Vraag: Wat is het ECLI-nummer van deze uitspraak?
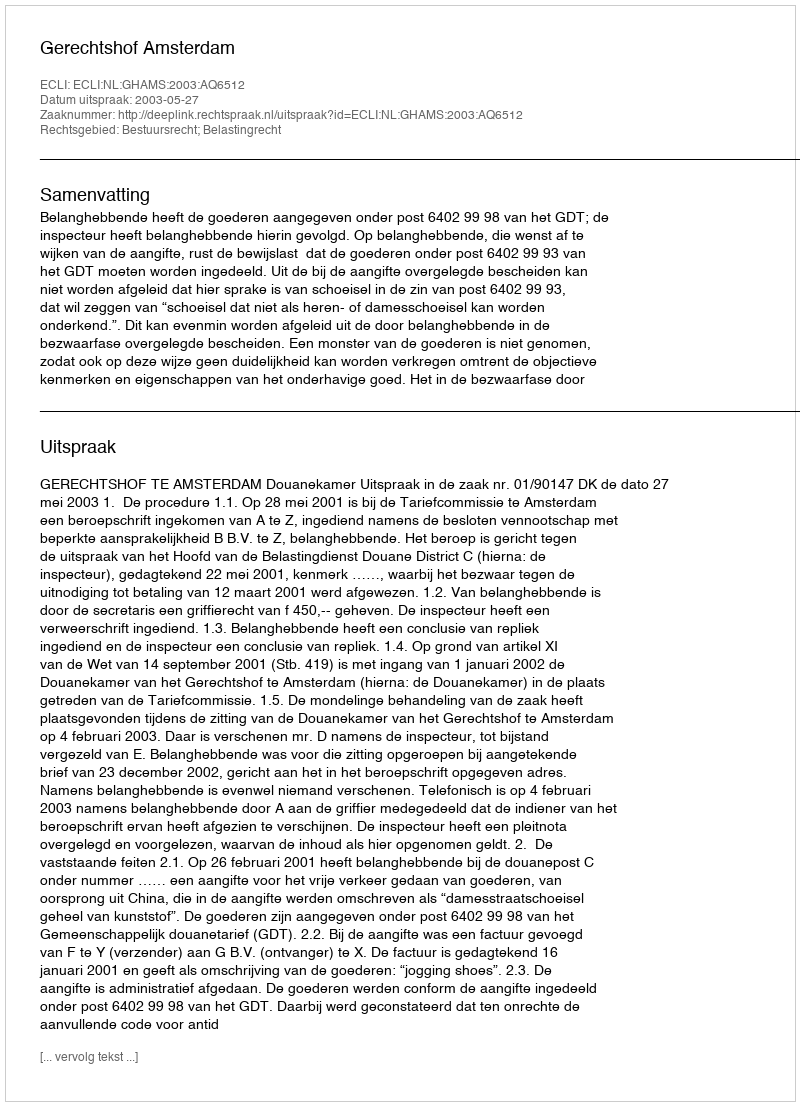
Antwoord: ECLI:NL:GHAMS:2003:AQ6512